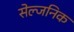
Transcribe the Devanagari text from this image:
सेल्जनिक